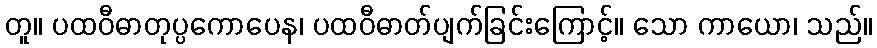
တူ။ ပထဝီဓာတုပ္ပကောပေန၊ ပထဝီဓာတ်ပျက်ခြင်းကြောင့်။ သော ကာယော၊ သည်။